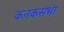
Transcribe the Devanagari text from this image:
कनकसभा